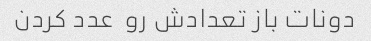
دونات باز تعدادش رو  عدد کردن